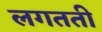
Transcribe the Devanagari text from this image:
लगतती